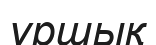
үршық